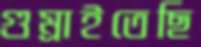
গুম্‌রাইতেছি